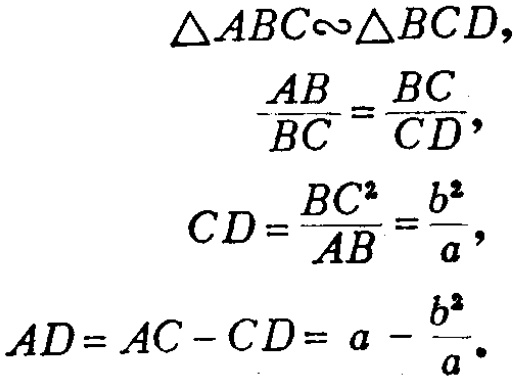
\[
\begin{align*}
&\triangle ABC\sim\triangle BCD,\\
&\frac{AB}{BC}=\frac{BC}{CD},\\
&CD = \frac{BC^{2}}{AB}=\frac{b^{2}}{a},\\
&AD=AC - CD=a-\frac{b^{2}}{a}.
\end{align*}
\]